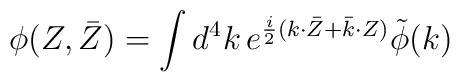
\phi(Z,\bar{Z}) = {\int{d^4k}}\, e^{\frac{i}{2} (k{\cdot}\bar{Z} +\bar{k}{\cdot}Z)}  \tilde{\phi} (k)